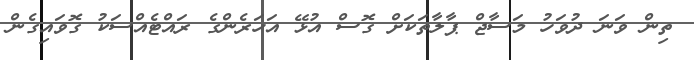
ތިން ވަނަ ދުވަހު މަސާޖް ޕާލާތަކަށް ގޮސް އުޅޭ އަހަރެންގެ ރައްޓެއްސަކު ގޮވައިގެން